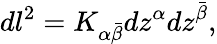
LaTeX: dl^{2}=K_{\alpha{\bar{\beta}}}dz^{\alpha}dz^{\bar{\beta}},